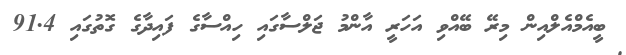
ބީއެމްއެލްއިން މިރޭ ބޭއްވި އަހަރީ އާންމު ޖަލްސާގައި ހިއްސާގެ ފައިދާގެ ގޮތުގައި 91.4